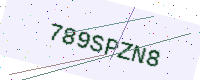
Text: 789SPZN8